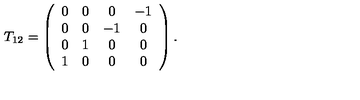
T _ { 1 2 } = \left( \begin{array} { c c c c } { 0 } & { 0 } & { 0 } & { - 1 } \\ { 0 } & { 0 } & { - 1 } & { 0 } \\ { 0 } & { 1 } & { 0 } & { 0 } \\ { 1 } & { 0 } & { 0 } & { 0 } \\ \end{array} \right) .